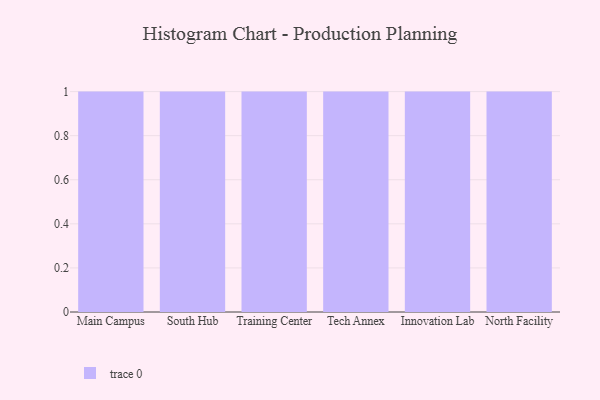
{"axis": {"x": "Campus", "y": "Demand Index"}, "legend": [""], "data": [{"x": "Main Campus", "y": 32, "type": ""}, {"x": "South Hub", "y": 25, "type": ""}, {"x": "Training Center", "y": 90, "type": ""}, {"x": "Tech Annex", "y": 5, "type": ""}, {"x": "Innovation Lab", "y": 86, "type": ""}, {"x": "North Facility", "y": 43, "type": ""}]}